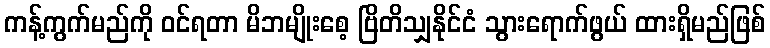
ကန့်ကွက်မည်ကို ဝင်ရတာ မိဘမျိုးစေ့ ဗြိတိသျှနိုင်ငံ သွားရောက်ဖွယ် ထားရှိမည်ဖြစ်